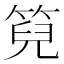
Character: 𮅙